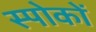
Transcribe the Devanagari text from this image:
स्पोकों